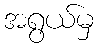
အရွယ်မှ